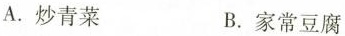
A.炒青菜 B.家常豆腐